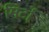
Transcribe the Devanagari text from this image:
मिर्टा